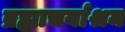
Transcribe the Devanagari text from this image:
ब्रह्माचर्याश्रम